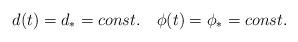
LaTeX: \begin{align*}d(t)=d_{\ast}=const. \quad \phi(t)=\phi_{\ast}=const.\end{align*}